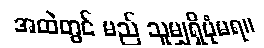
အထဲတွင် မည် သူမျှရှိပုံမရ။